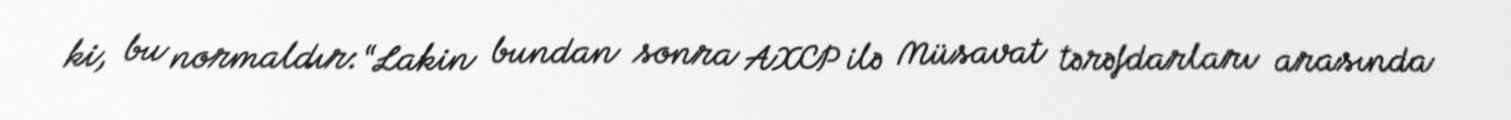
ki, bu normaldır: “Lakin bundan sonra AXCP ilə Müsavat tərəfdarları arasında